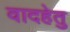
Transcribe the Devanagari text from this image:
वादहेतु